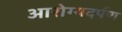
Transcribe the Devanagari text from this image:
आरोग्यदर्पण